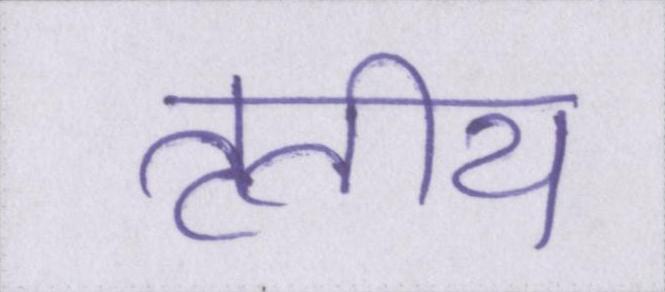
तृतीय